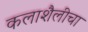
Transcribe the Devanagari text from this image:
कलाशैलीचा